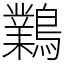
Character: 鸈